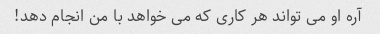
آره او می تواند هر کاری که می خواهد با من انجام دهد!